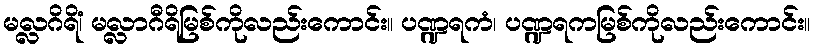
မလ္လဂိရိံ၊ မလ္လာဂီရိမြစ်ကိုလည်းကောင်း။ ပဏ္ဍရကံ၊ ပဏ္ဍရကမြစ်ကိုလည်းကောင်း။